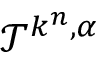
\mathcal { T } ^ { k ^ { n } , \alpha }